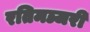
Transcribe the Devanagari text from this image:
रतिमञ्जरी